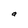
Character: a